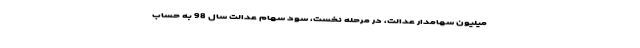
میلیون سهامدار عدالت، در مرحله نخست، سود سهام عدالت سال 98 به حساب